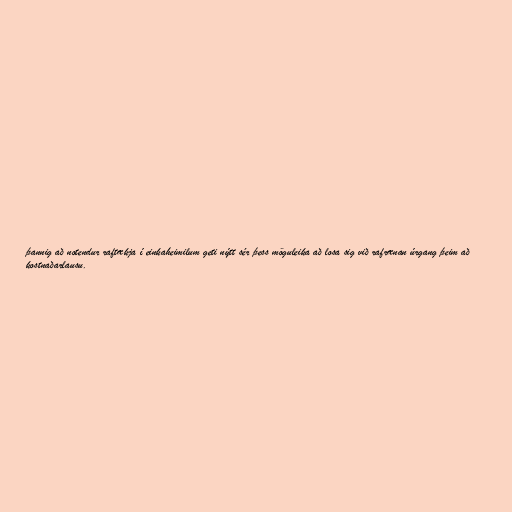
þannig að notendur raftækja í einkaheimilum geti nýtt sér þess möguleika að losa sig við rafrænan úrgang þeim að
kostnaðarlausu.